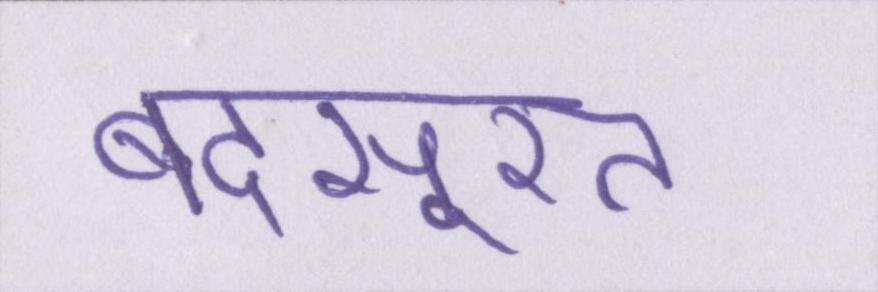
बदसूरत